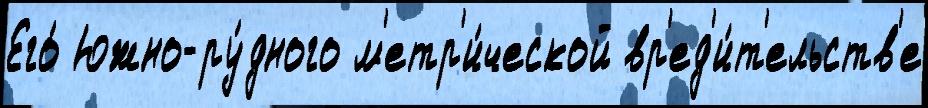
Его́ Южно-ру́дного м'етр'и́ческой вр'ед'и́т'ельств'е